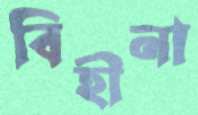
বিহীনা